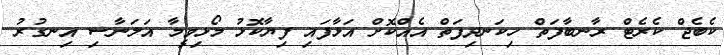
ކެބެޖް ކެރެޓް ރާނބާފަތް ހިކަނދިފަތް އެއްކޮށް އަޅާފައި ފިޔާކޮޅު މޯޅިވީމާ އަލަނާސި އިނގުރު